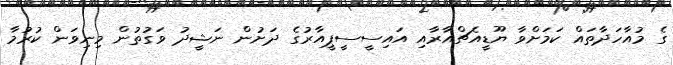
ގެ މުއާހަދާތައް ކަމަށްވާ ޔޫޑީއެޗްއާރާއި އައިސީސީޕީއާރުގެ ދަށުން ނަޝީދު ވަގުތުން މިނިވަން ކުރުމާ